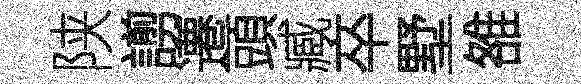
陕謭遷頭臧卒墅雒